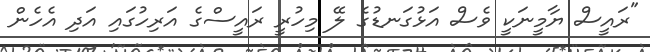
"ރައީސް ޔާމީނަކީ ވެސް އަޅުގަނޑުގެ ލޭ މިހުރީ ރައީސްގެ އަރިހުގައި އަދި އެހެން